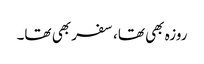
روزہ بھی تھا، سفر بھی تھا۔